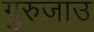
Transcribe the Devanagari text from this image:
गुरुजाउ